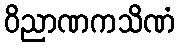
ဝိညာဏကသိဏံ